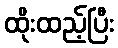
ထိုးထည့်ပြီး